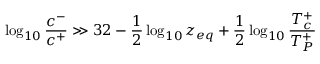
\log _ { 1 0 } { \frac { c ^ { - } } { c ^ { + } } } \gg 3 2 - { \frac { 1 } { 2 } } \log _ { 1 0 } z _ { e q } + { \frac { 1 } { 2 } } \log _ { 1 0 } { \frac { T _ { c } ^ { + } } { T _ { P } ^ { + } } }